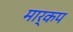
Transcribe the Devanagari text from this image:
मार्कप